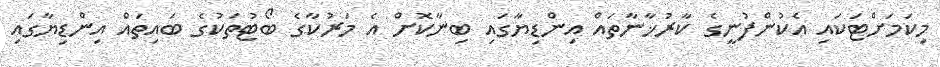
މިކަމަށްޓަކައި އެކުންފުނީގެ ކާރުޚާނާތައް އިންޑިޔާގައި ބިނާކޮށް އެ މަރުކާގެ ބޯޓުތަކުގެ ބައިތައް އިންޑިޔާގައި